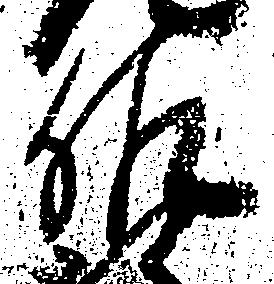
佐